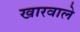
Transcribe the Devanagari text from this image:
खारवाले